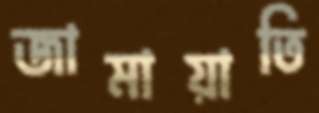
জামায়াতি